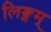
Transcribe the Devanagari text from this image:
लिङ्गम्‌